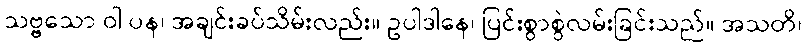
သဗ္ဗသော ဝါ ပန၊ အချင်းခပ်သိမ်းလည်း။ ဥပါဒါနေ၊ ပြင်းစွာစွဲလမ်းခြင်းသည်။ အသတိ၊